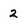
Character: 2